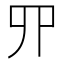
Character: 𠃢